Annual report on the health of the army in India
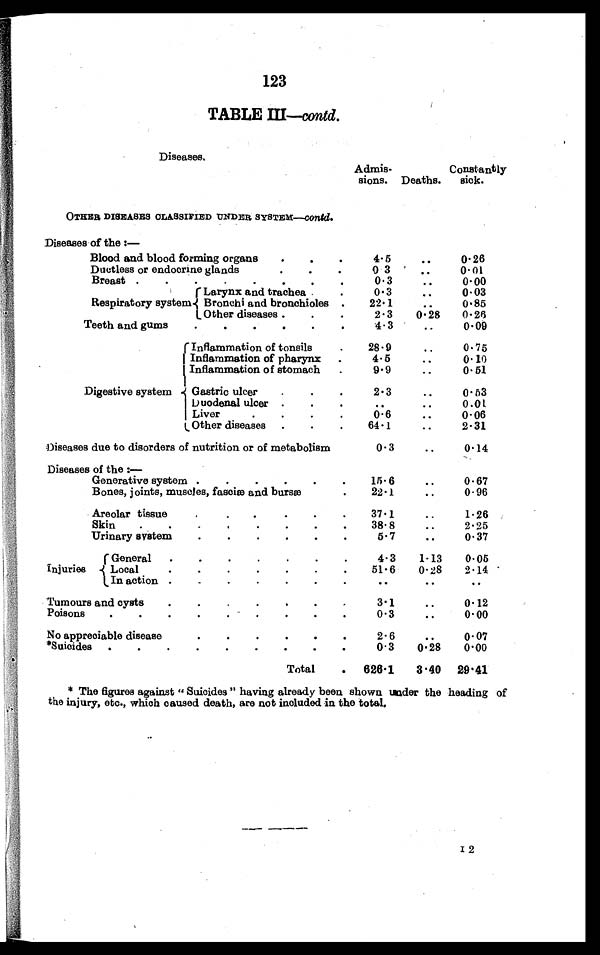
123
TABLE III—contd.
D i s e a s e s .
Admis-
sions. Deaths.
Constantly
sick.
OTHER DISEASES CLASSIFIED UNDER SYSTEM— contd.
Diseases of the:
—
Blood and blood forming organs . . .
4.5
. . .
0.26
Ductless or endocrine glands . . .
0.3
. . .
0.01
Breast . . .
0.3
. . .
0.00
Respiratory system
Larynx and trachea . . .
0.3
. . .
0.03
Bronchi and bronchioles . . .
22.1
. . .
0.85
Other diseases . . .
2.3
0.28
0.26
Teeth and gums . . .
4.3
. . .
0.09
Digestive system
Inflammation of tonsils . . .
28.9
. . .
0.75
Inflammation of pharynx . . .
4.5
. . .
0.10
Inflammation of stomach. . .
9.9
. . .
0.51
Gastric ulcer . . .
2.3
. . .
0.53
Duodenal ulcer . . .
. . .
. . .
0.01
Liver. . .
0 . 6
. . .
0. 06
Other diseases . . .
64.1
. . .
2.31
Diseases due to disorders of nutrition or of metabolism
0.3
. . .
0.14
Diseases of the:—
Generative system . . .
15.6
. . .
0.67
Bones, joints, muscles, fasciæ and bursæ . . .
22.1
. . .
0.96
Areolar tissue . . .
37.1
. . .
1.26
Skin
.
.
.
38.8
. . .
2.25
Urinary system . . .
5.7
. . .
0.37
Injuries
General . . .
4.3
1.13
0.05
Local . . .
51.6
0.28
2.14
In action . . .
. . . .
. . .
. . .
Tumours and cysts . . .
3.1
. . .
0.12
Poisons . . .
0.3
. . .
0.00
No appreciable disease. . .
2.6
. . . .
0.07
*Suicides . . .
0.3
0.28
0.00
Total . 626.1
3.40 29.41
* The figures against "Suicides" having already been shown under the heading of
the injury, etc., which caused death, are not included in the total.
I 2